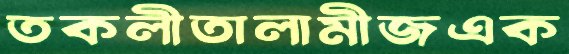
তকলীতালামীজএক